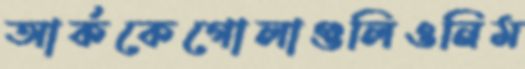
আর্ককেগোলাগুলিওনিম